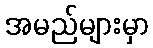
အမည်များမှာ